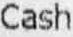
CASH